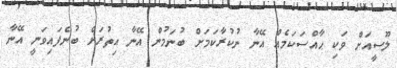
ލޫސީއަށް ވަކި ޙާއްސަކަމެއް އޭނާ ނުކުރާކަމަށް ބުނަމުން އޭނާ އިތުރަށް ބުނެފައިވަނީ އޭނާ